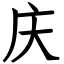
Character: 庆